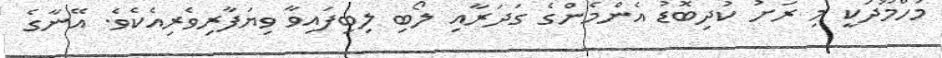
މަހްމޫދަކީ މި ރަށު ކުދިބޮޑު އެންމެންގެ ގަދަރާއި ލޯބި ލިބިފައިވާ ވިޔަފާރިވެރިއެކެވެ. އޭނާގެ